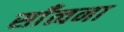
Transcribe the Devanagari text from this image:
साँत्वना